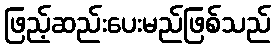
ဖြည့်ဆည်းပေးမည်ဖြစ်သည်